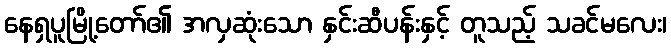
နေရှပူမြို့တော်၏ အလှဆုံးသော နှင်းဆီပန်းနှင့် တူသည့် သခင်မလေး၊